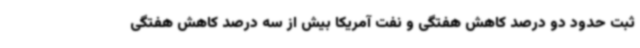
ثبت حدود دو درصد کاهش هفتگی و نفت آمریکا بیش از سه درصد کاهش هفتگی